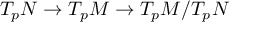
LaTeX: T _ { p } N \to T _ { p } M \to T _ { p } M / T _ { p } N